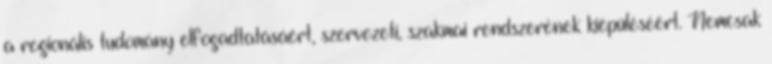
a regionális tudomány elfogadtatásáért, szervezeti, szakmai rendszerének kiépüléséért. Nemcsak